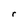
Character: r